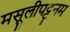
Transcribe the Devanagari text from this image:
मसूलीपट्टनम